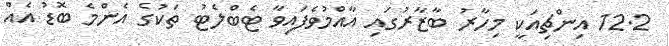
12.2 އިންޗިއަކީ މިހާރު ބާޒާރުގައި އާއްމުވެފައިވާ ޓެބްލެޓު ތަކުގެ އެންމެ ބޮޑު އެއް